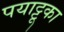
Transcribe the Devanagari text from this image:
पयाट्टूका